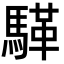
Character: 𮪏